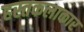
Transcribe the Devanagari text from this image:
हस्तकलाकार